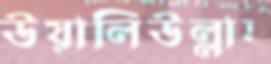
উয়ালিউল্লাহ